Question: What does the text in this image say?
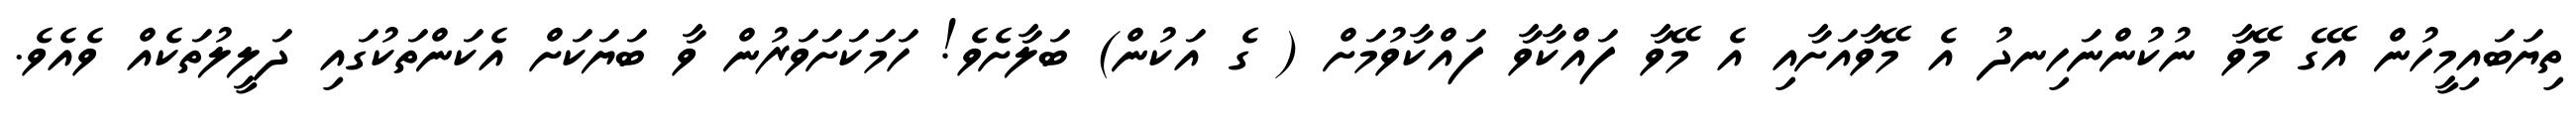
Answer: ތިޔަބައިމީހުން އޭގެ މޭވާ ނުކުންނަހިނދު އެ މޭވާއަށާއި އެ މޭވާ ފައްކާވާ ފައްކާވުމަށް ( ގެ އަކުން) ބަލާށެވެ! ހަމަކަށަވަރުން ވާ ބަޔަކަށް އެކަންތަކުގައި ދަލީލުތަކެއް ވެއެވެ.